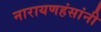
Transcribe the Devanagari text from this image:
नारायणहंसांनी